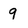
Character: 9